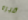
قبره